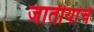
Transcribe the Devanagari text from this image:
जातीयांचे